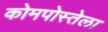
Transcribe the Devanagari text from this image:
कोमपोस्तेला